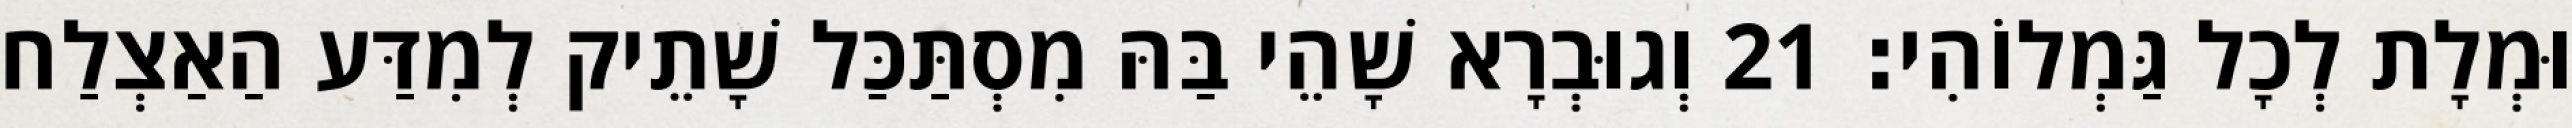
וּמְלָת לְכָל גַּמְלוֹהִי׃ 21 וְגוּבְרָא שָׁהֵי בַּהּ מִסְתַּכַּל שָׁתֵיק לְמִדַּע הַאַצְלַח